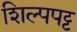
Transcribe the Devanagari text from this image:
शिल्पपट्ट